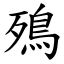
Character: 殦